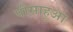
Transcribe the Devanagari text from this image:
पीसाहुआ